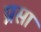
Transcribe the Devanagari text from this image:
प्रसा